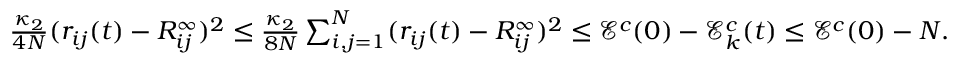
\begin{array} { r } { \frac { \kappa _ { 2 } } { 4 N } ( r _ { i j } ( t ) - R _ { i j } ^ { \infty } ) ^ { 2 } \leq \frac { \kappa _ { 2 } } { 8 N } \sum _ { i , j = 1 } ^ { N } ( r _ { i j } ( t ) - R _ { i j } ^ { \infty } ) ^ { 2 } \leq \mathcal { E } ^ { c } ( 0 ) - \mathcal { E } _ { k } ^ { c } ( t ) \leq \mathcal { E } ^ { c } ( 0 ) - N . } \end{array}